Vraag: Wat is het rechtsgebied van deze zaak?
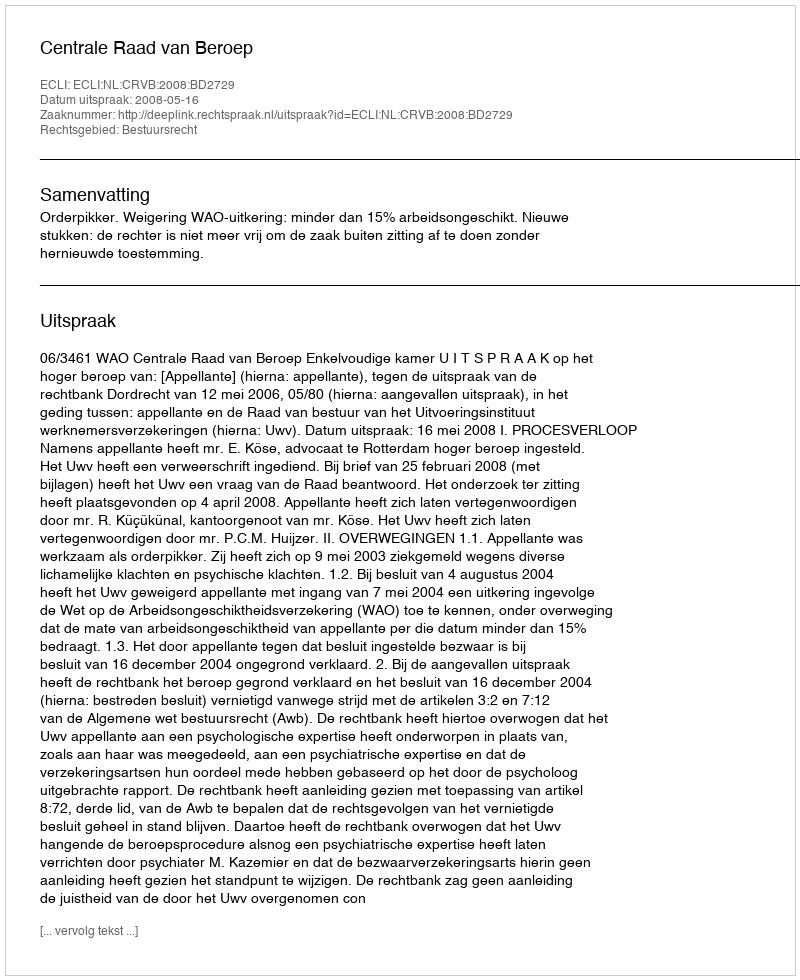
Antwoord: Bestuursrecht